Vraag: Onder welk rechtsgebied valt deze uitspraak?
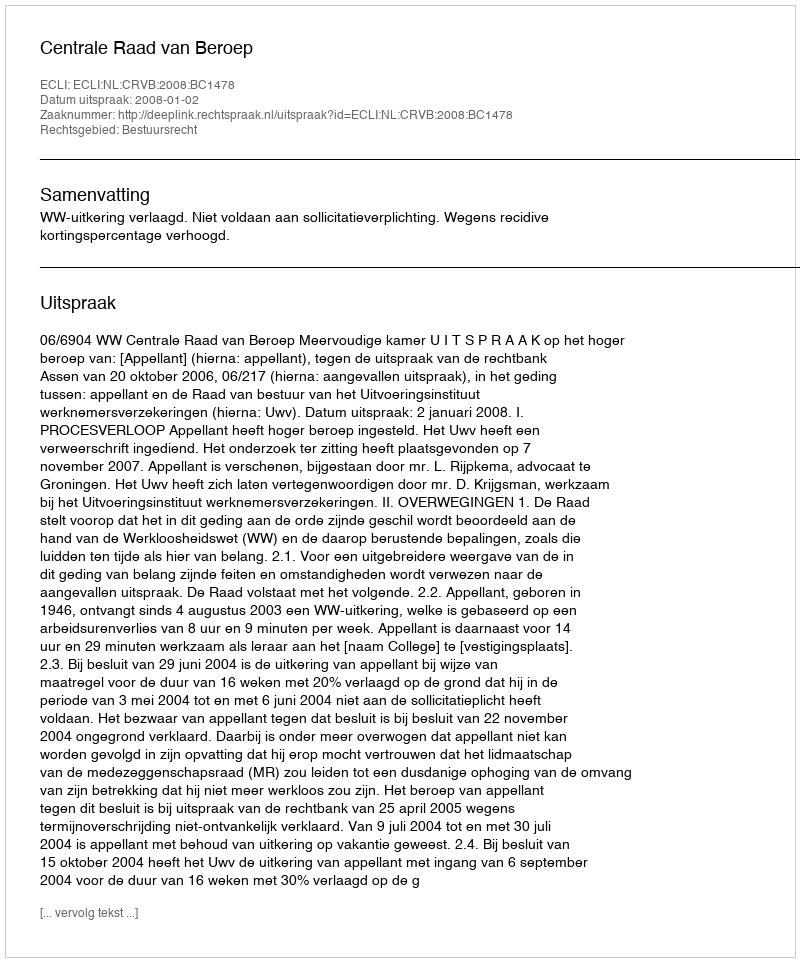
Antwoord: Bestuursrecht